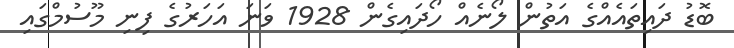
ބޮޑު ދައިތައެއްގެ އަތުން ލޯނެއް ހޯދައިގެން 1928 ވަނަ އަހަރުގެ ފިނި މޫސުމްގައި